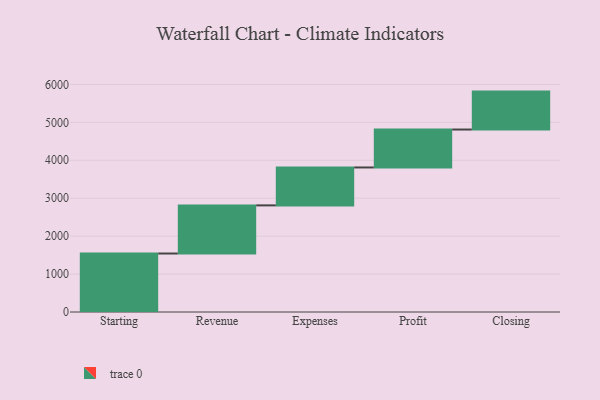
{"axis": {"x": "Step", "y": "Value"}, "legend": [""], "data": [{"x": "Starting", "y": 1542.0, "type": ""}, {"x": "Revenue", "y": 1269.0, "type": ""}, {"x": "Expenses", "y": 1000, "type": ""}, {"x": "Profit", "y": 1000, "type": ""}, {"x": "Closing", "y": 1000, "type": ""}]}